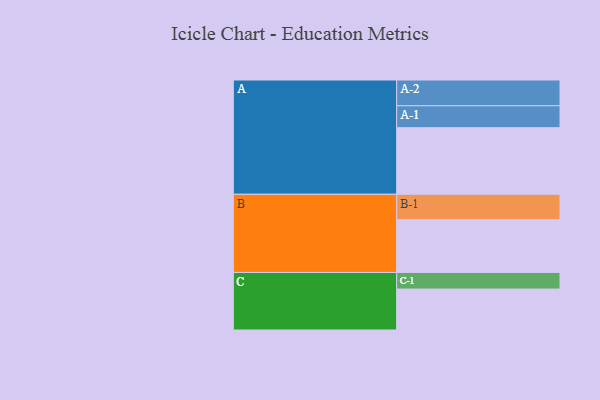
{"axis": {"x": "Segment", "y": "Value"}, "legend": ["", "A", "B", "C"], "data": [{"x": "A", "y": 574, "type": ""}, {"x": "B", "y": 455, "type": ""}, {"x": "C", "y": 353, "type": ""}, {"x": "A-1", "y": 189, "type": "A"}, {"x": "A-2", "y": 222, "type": "A"}, {"x": "B-1", "y": 219, "type": "B"}, {"x": "C-1", "y": 143, "type": "C"}]}